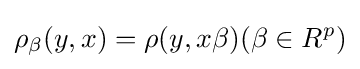
\rho _{\beta }(y,x)=\rho (y,x\beta )(\beta \in R^{p})